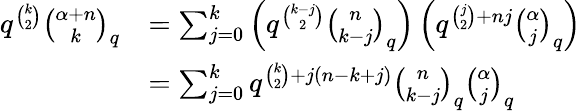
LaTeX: \begin{array}{rl}{q^{\binom{k}{2}}\binom{\alpha+n}{k}_{q}}&{=\sum_{j=0}^{k}\left(q^{\binom{k-j}{2}}\binom{n}{k-j}_{q}\right)\left(q^{\binom{j}{2}+nj}\binom{\alpha}{j}_{q}\right)}\\ &{=\sum_{j=0}^{k}q^{\binom{k}{2}+j(n-k+j)}\binom{n}{k-j}_{q}\binom{\alpha}{j}_{q}}\end{array}